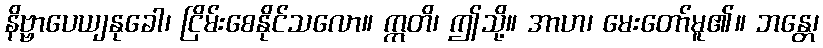
နိဗ္ဗာပေယျနုခေါ၊ ငြိမ်းစေနိုင်သလော။ ဣတိ၊ ဤသို့။ အာဟ၊ မေးတော်မူ၏။ ဘန္တေ၊